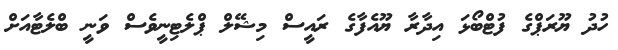
ހުދު ޔޫރަޕްގެ ފުޓްބޯޅަ އިދާރާ ޔޫއެފާގެ ރައީސް މިޝޭލް ޕްލެޓިނީވެސް ވަނީ ބްލެޓާއަށް